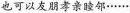
也可以友朋孝亲睦邻……